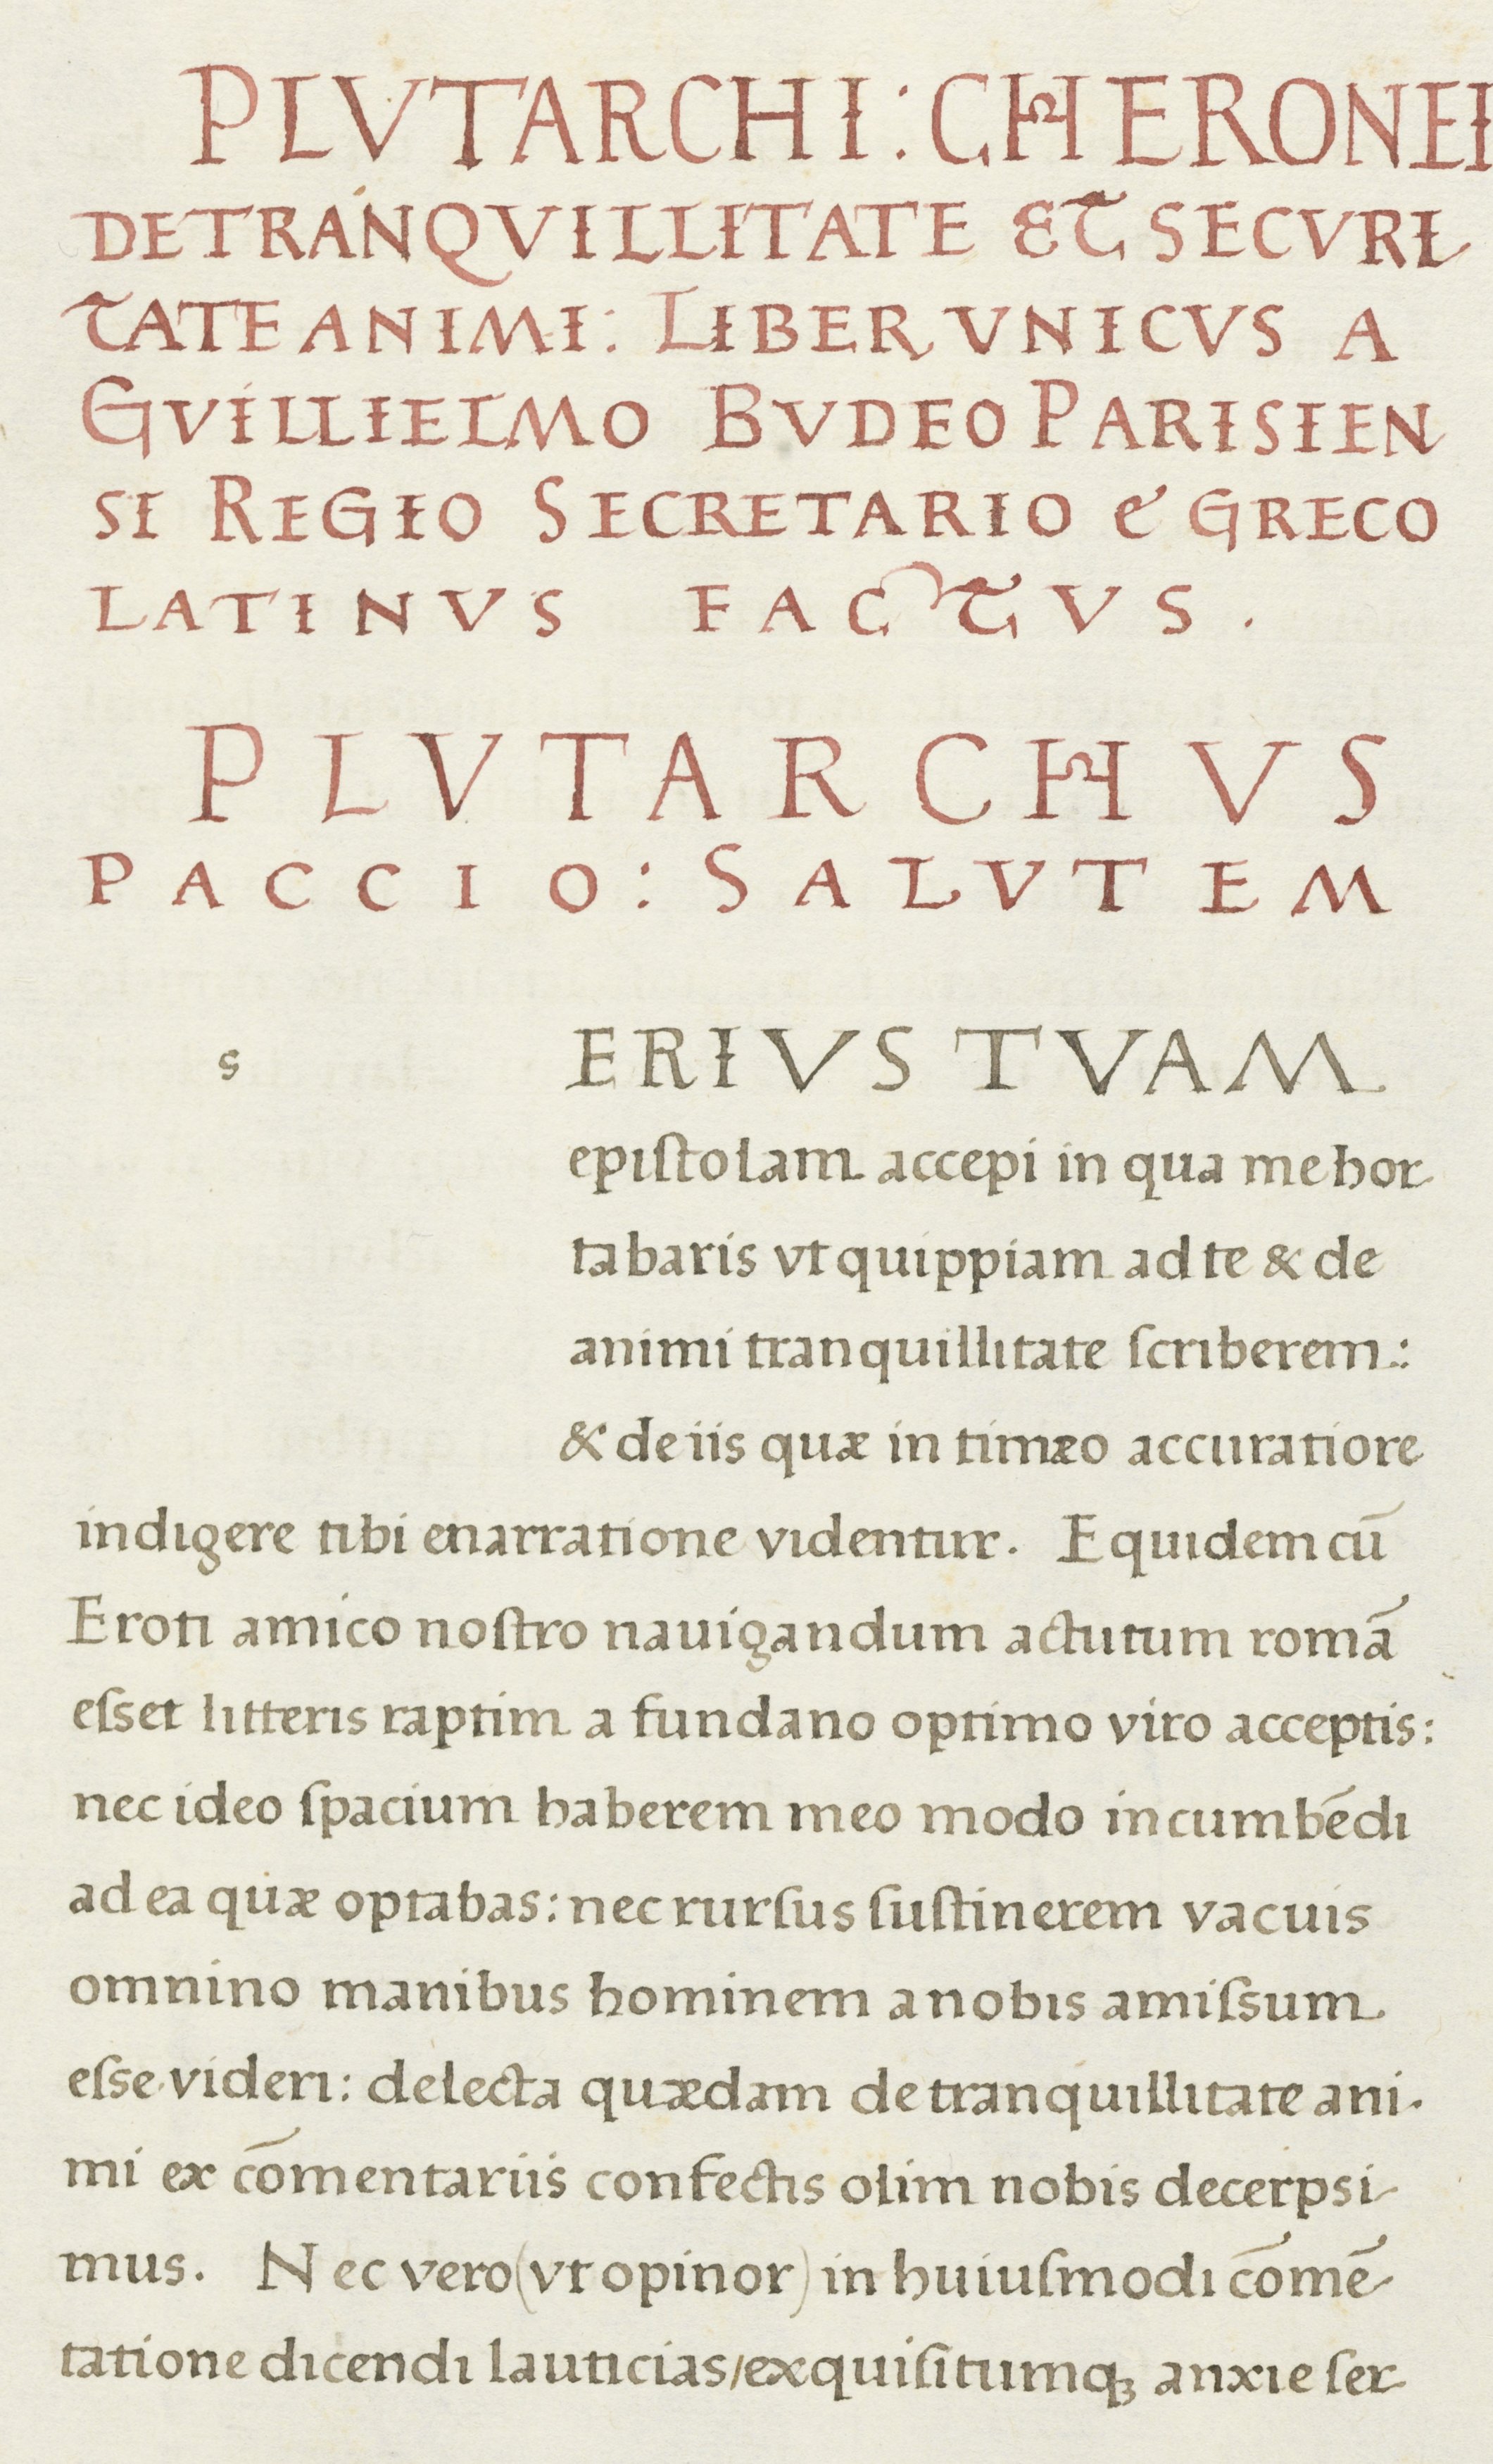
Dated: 1500–1599